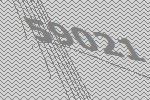
59021